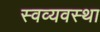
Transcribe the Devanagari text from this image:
स्वव्यवस्था